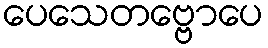
ပေသေတဗ္ဗောပေ